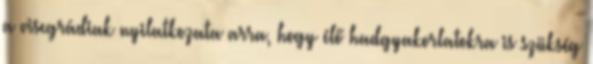
a visegrádiak nyilatkozata arra, hogy élő hadgyakorlatokra is szükség